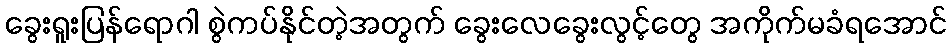
ခွေးရူးပြန်ရောဂါ စွဲကပ်နိုင်တဲ့အတွက် ခွေးလေခွေးလွင့်တွေ အကိုက်မခံရအောင်